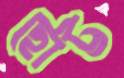
ছোট্ট